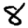
Digit: 8